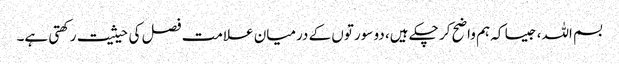
بسم اللہ، جیسا کہ ہم واضح کر چکے ہیں، دو سورتوں کے درمیان علامت فصل کی حیثیت رکھتی ہے۔